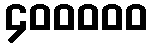
၄၀၀၀၀၀